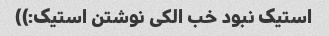
استیک نبود خب الکی نوشتن استیک:))